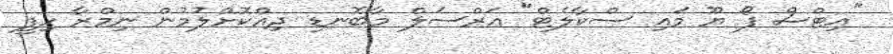
"އިޓްސް ފޯ ޔޫ މައި ސްކާލެޓް" އަރްސަލް މާބޮނޑި ދިއްކޮށްލުމުން ނިމްރާ ހިފީ